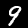
Label: 9